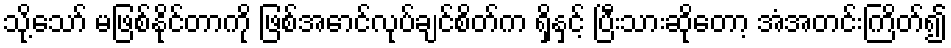
သို့သော် မဖြစ်နိုင်တာကို ဖြစ်အောင်လုပ်ချင်စိတ်က ရှိနှင့် ပြီးသားဆိုတော့ အံအတင်းကြိတ်၍